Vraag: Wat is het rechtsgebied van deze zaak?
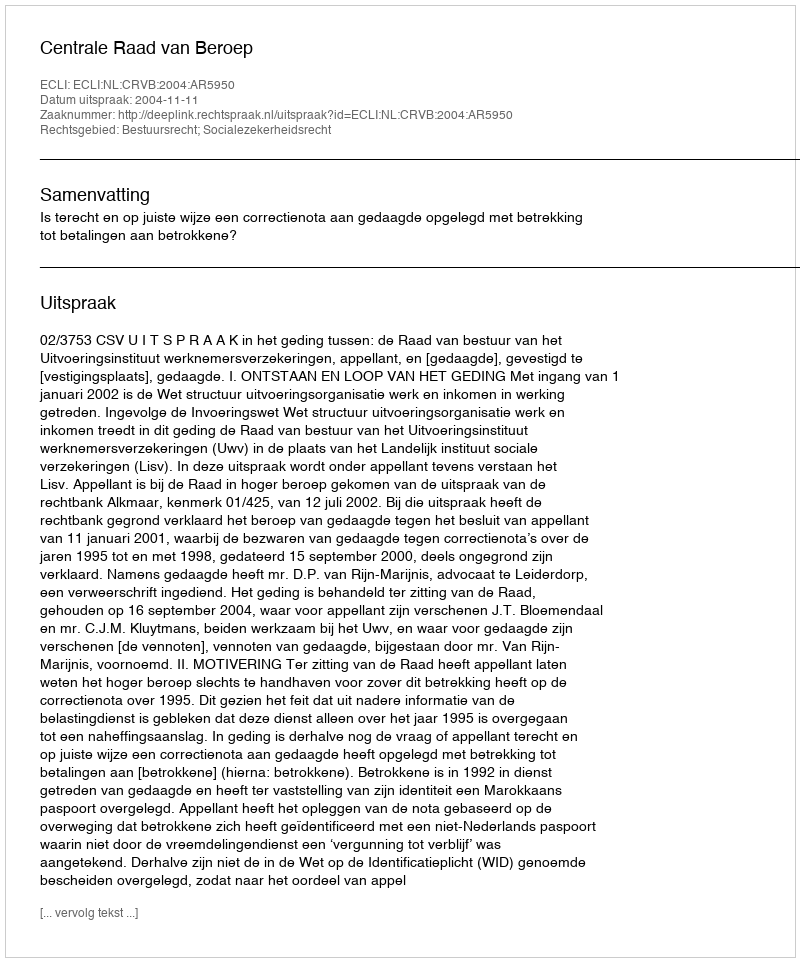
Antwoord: Bestuursrecht; Socialezekerheidsrecht